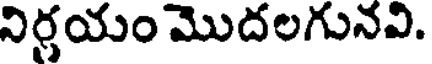
నిర్ణయం మొదలగునవి.